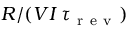
R / ( V I \, \tau _ { \mathrm { ~ r ~ e ~ v ~ } } )